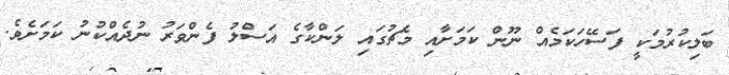
ބަލިކުރުމަކީ ފަސޭހަކަމެއް ނޫން ކަމަށާއި މެޗުގައި ލަންކާގެ އަސްލު ފެންވަރު ނުދެއްކުނު ކަމަށެވެ.